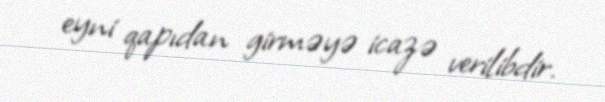
eyni qapıdan girməyə icazə verilibdir.